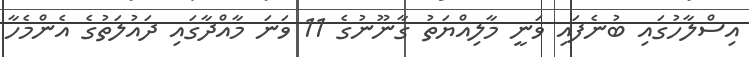
އިސްލާހުގައި ބުނެފައި ވަނީ މާލިއްޔަތު ގާނޫނުގެ 11 ވަނަ މާއްދާގައި ދައުލަތުގެ އެންމެހާ